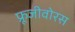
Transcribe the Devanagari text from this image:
फ्रूजीवोरस